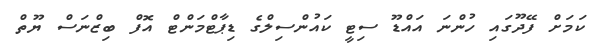
ކަމަށް ފޭދޫގައި ހުންނަ އައްޑޫ ސިޓީ ކައުންސިލްގެ ޑިޕާޓްމަންޓް އޮފް ބިޒްނަސް ޔޫތް